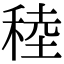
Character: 稑